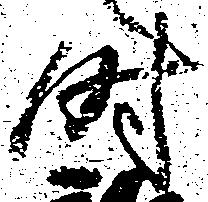
時